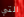
التي